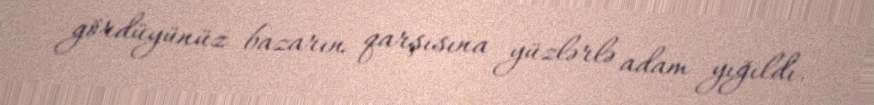
gördüyünüz bazarın qarşısına yüzlərlə adam yığıldı.